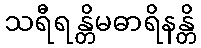
သရီရန္တိမဓာရိနန္တိ